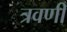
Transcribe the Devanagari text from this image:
त्रवणी